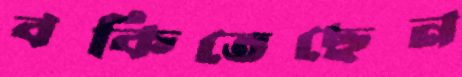
বকিতেছেন